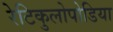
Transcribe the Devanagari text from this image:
रेटिकुलोपोडिया